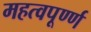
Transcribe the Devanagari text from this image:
महत्वपूर्ण्ण